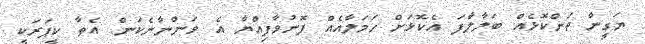
ޔަގީން ތަންކޮޅެއް ބަލާލާފަ އެކޮޅަށް ހަމަލާއެއް ފޮނުވާފިއްޔާ އެ ވަންނާނެކަން. އެތާ ކީޕަރަކީ